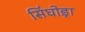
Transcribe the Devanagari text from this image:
सिंघोड़ा